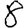
Digit: 8